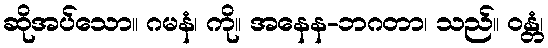
ဆိုအပ်သော။ ဂမနံ၊ ကို။ အနေန-ဘဂတာ၊ သည်။ ဝန္တံ၊